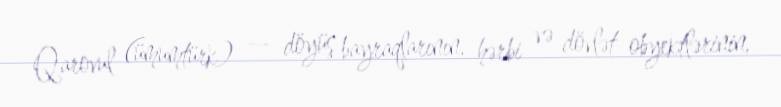
Qarovul (ümumtürk) — döyüş bayraqlarının, hərbi və dövlət obyektlərinin,